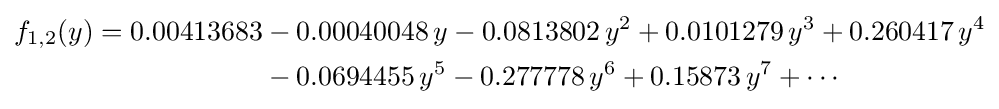
{\begin{aligned}f_{1,2}(y)=0.00413683&-0.00040048\,y-0.0813802\,y^{2}+0.0101279\,y^{3}+0.260417\,y^{4}\\&-0.0694455\,y^{5}-0.277778\,y^{6}+0.15873\,y^{7}+\cdots \end{aligned}}